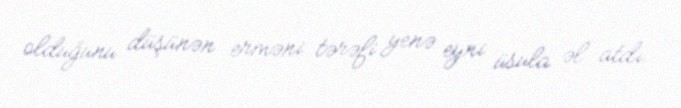
olduğunu düşünən erməni tərəfi yenə eyni üsula əl atdı.